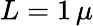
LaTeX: L=1\, \mu